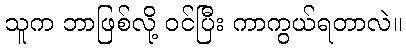
သူက ဘာဖြစ်လို့ ဝင်ပြီး ကာကွယ်ရတာလဲ။